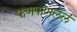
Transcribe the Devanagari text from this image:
फणफणलेलं